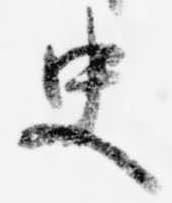
史